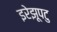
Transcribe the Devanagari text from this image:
इरेझूपटु